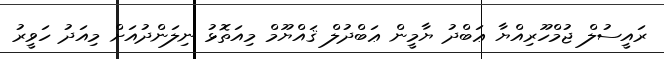
ރައީސުލް ޖުމްހޫރިއްޔާ ޢަބްދު ޔާމީން ޢަބްދުލް ޤައްޔޫމް މިއަތޮޅު ނިލަންދުއަށް މިއަދު ހަވީރު